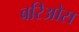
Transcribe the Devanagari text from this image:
बरिओस